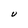
Character: U